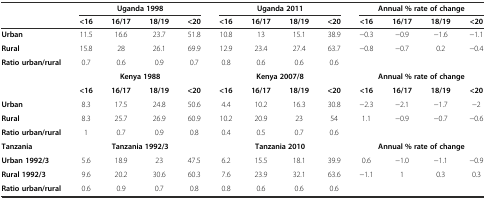
|  | <COLSPAN=4> Uganda 1998 | <COLSPAN=4> Uganda 2011 | <COLSPAN=4> Annual %rate of change |
 |  | <16 | 16/17 | 18/19 | <20 | <16 | 16/17 | 18/19 | <20 | <16 | 16/17 | 18/19 | <20 |
 | --- | --- | --- | --- | --- | --- | --- | --- | --- | --- | --- | --- | --- |
 | Urban | 11.5 | 16.6 | 23.7 | 51.8 | 10.8 | 13 | 15.1 | 38.9 | -0.3 | -0.9 | -1.6 | -1.1 |
 | Rural | 15.8 | 28 | 26.1 | 69.9 | 12.9 | 23.4 | 27.4 | 63.7 | -0.8 | -0.7 | 0.2 | -0.4 |
 | Ratio urban/rural | 0.7 | 0.6 | 0.9 | 0.7 | 0.8 | 0.6 | 0.6 | 0.6 |  |  |  |  |
 |  | <COLSPAN=4> Kenya 1988 | <COLSPAN=4> Kenya 2007/8 | <COLSPAN=4> Annual %rate of change |
 |  | <16 | 16/17 | 18/19 | <20 | <16 | 16/17 | 18/19 | <20 | <16 | 16/17 | 18/19 | <20 |
 | Urban | 8.3 | 17.5 | 24.8 | 50.6 | 4.4 | 10.2 | 16.3 | 30.8 | -2.3 | -2.1 | -1.7 | -2 |
 | Rural | 8.3 | 25.7 | 26.9 | 60.9 | 10.2 | 20.9 | 23 | 54 | 1.1 | -0.9 | -0.7 | -0.6 |
 | Ratio urban/rural | 1 | 0.7 | 0.9 | 0.8 | 0.4 | 0.5 | 0.7 | 0.6 |  |  |  |  |
 | Tanzania | <COLSPAN=4> Tanzania 1992/3 | <COLSPAN=4> Tanzania 2010 | <COLSPAN=4> Annual %rate of change |
 | Urban 1992/3 | 5.6 | 18.9 | 23 | 47.5 | 6.2 | 15.5 | 18.1 | 39.9 | 0.6 | -1.0 | -1.1 | -0.9 |
 | Rural 1992/3 | 9.6 | 20.2 | 30.6 | 60.3 | 7.6 | 23.9 | 32.1 | 63.6 | -1.1 | 1 | 0.3 | 0.3 |
 | Ratio urban/rural | 0.6 | 0.9 | 0.7 | 0.8 | 0.8 | 0.6 | 0.6 | 0.6 |  |  |  |  |